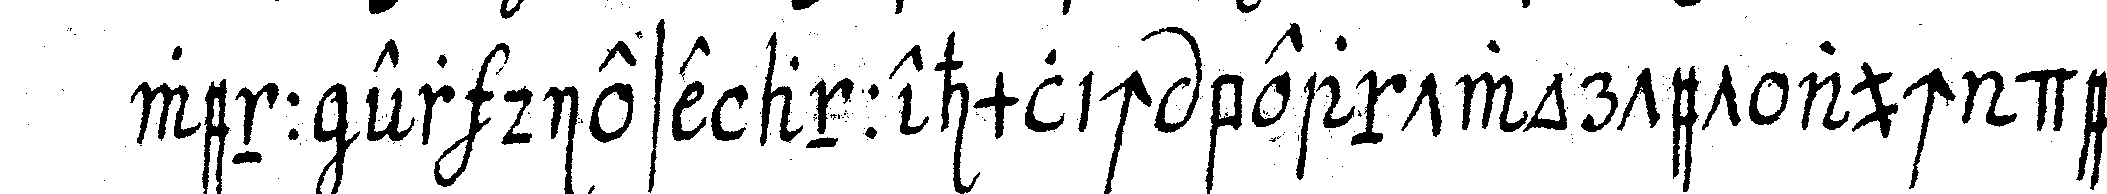
wenn er diese annehmlich beantwortet auch der